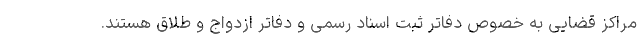
مراکز قضایی به خصوص دفاتر ثبت اسناد رسمی و دفاتر ازدواج و طلاق هستند.